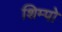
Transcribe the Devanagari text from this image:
शिम्पो